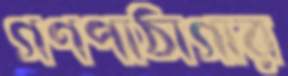
গণপাঠাগার